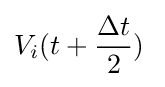
V_{i}(t+{\frac {\Delta t}{2}}){\frac {}{}}